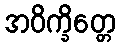
အဝိက္ခိတ္တေ